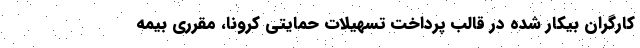
کارگران بیکار شده در قالب پرداخت تسهیلات حمایتی کرونا، مقرری بیمه